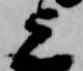
上